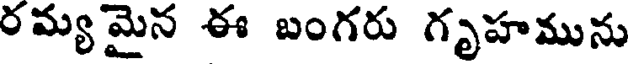
రమ్యమైన ఈ బంగరు గృహమును